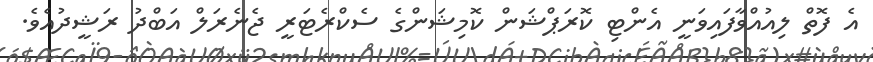
އެ ފޮތް ލިއުއްވާފައިވަނީ އެންޓި ކޮރަޕްޝަން ކޮމިޝަންގެ ސެކްރެޓަރީ ޖެނެރަލް އަބްދު ރަޝީދުއެވެ.